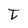
Character: t